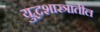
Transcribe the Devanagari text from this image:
युद्धशास्त्रातील